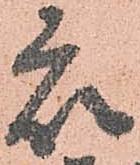
衆